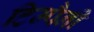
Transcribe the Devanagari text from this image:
टिम्पैनी